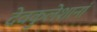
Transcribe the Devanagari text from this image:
देवकुलेशानां